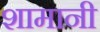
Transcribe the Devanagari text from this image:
शामानी